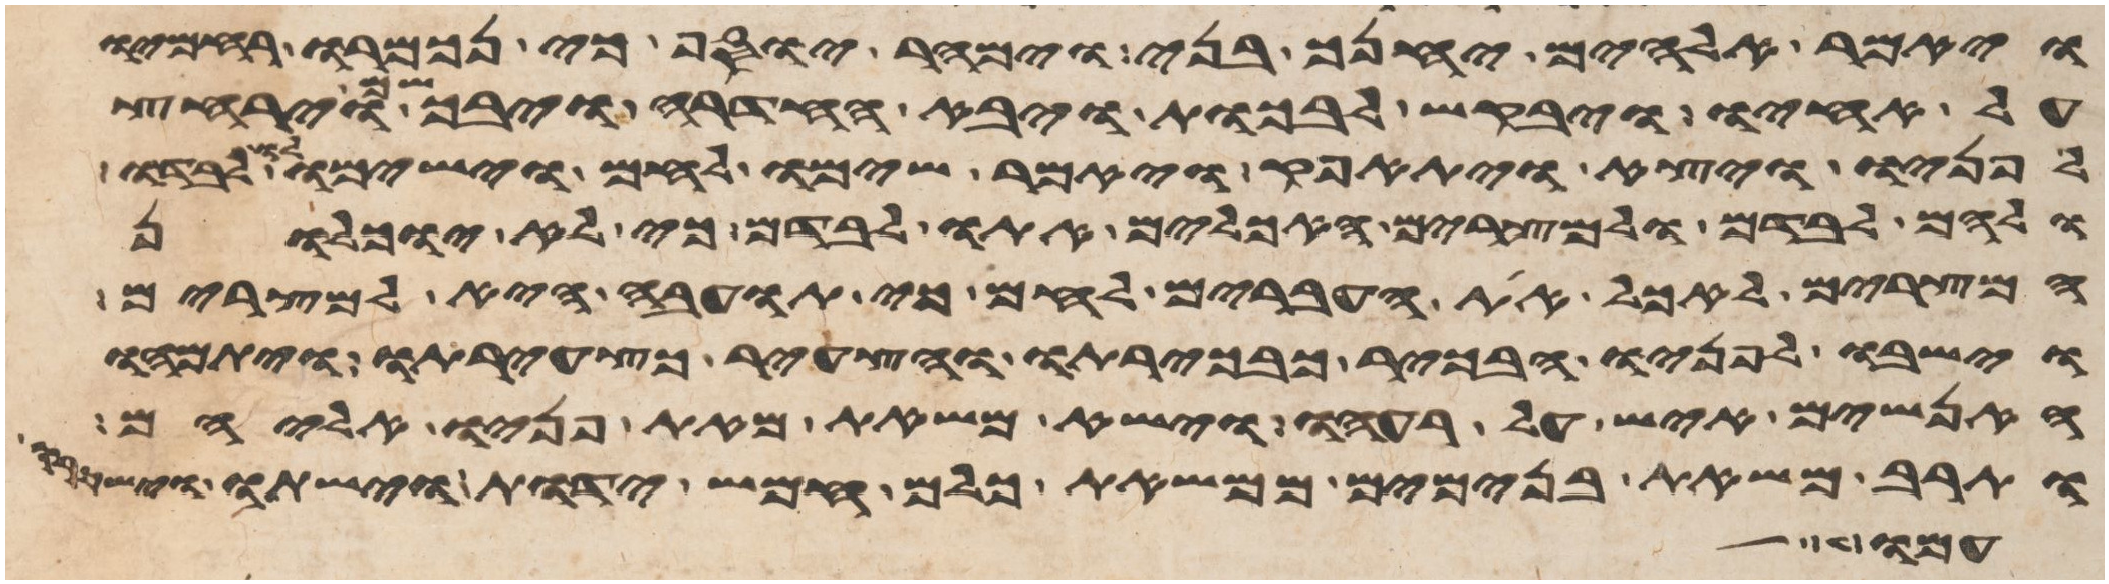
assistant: ויאמר אלהים יחנך בני וימהר יוסף כי נכמרו רחמיו
על אחיו ויבקש לבכות ויבא החדרה ויבך שם וירחץ
פניו ויצא ויתאפק ויאמר שימו לחם וישמו לו
ולהם לבדם ולמצרים האכלים אתו לבדם כי לא יוכלון
המצרים לאכל את העברים לחם כי תועבה היא למצרים
וישבו לפניו הבכור כבכירתו והצעיר כצעירתו ויתמהו
האנשים איש על רעהו וישא משאת מאת פניו אליהם
ותרב משאת בנימים ממשאת כלם חמש ידות וישתו
עמו